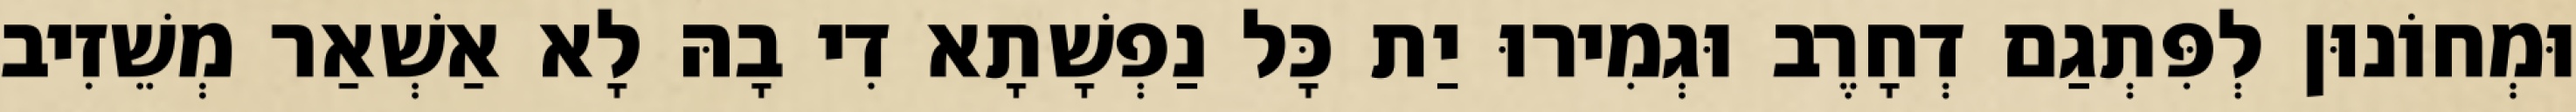
וּמְחוֹנוּן לְפִּתְגַם דְחָרֶב וּגְמִירוּ יַת כָּל נַפְשָׁתָא דִי בָהּ לָא אַשְׁאַר מְשֵׁזִיב